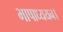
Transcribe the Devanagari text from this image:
भाषाध्ययन।